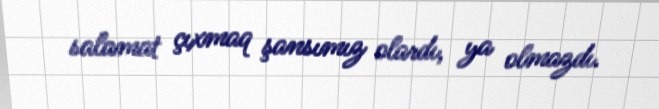
salamat çıxmaq şansımız olardı, ya olmazdı.